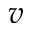
v